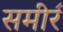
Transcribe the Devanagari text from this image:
समीर॔